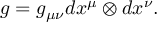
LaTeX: g = g _ { \mu \nu } d x ^ { \mu } \otimes d x ^ { \nu } .